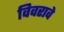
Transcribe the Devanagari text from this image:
विवरावे